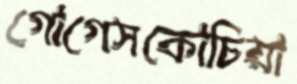
গোগেসকোচিয়া